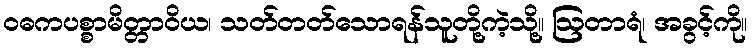
ဝဓကပစ္စာမိတ္တာဝိယ၊ သတ်တတ်သောရန်သူတို့ကဲ့သို့။ ဩတာရံ၊ အခွင့်ကို။